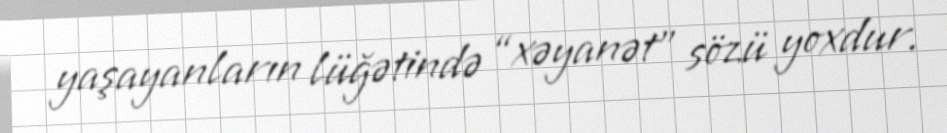
yaşayanların lüğətində “xəyanət” sözü yoxdur.